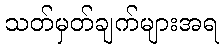
သတ်မှတ်ချက်များအရ